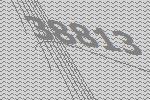
38813